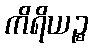
ကိရိယဉ္စ